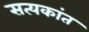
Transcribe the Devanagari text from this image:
सत्यकांत